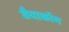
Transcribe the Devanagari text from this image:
वैयाकॉम